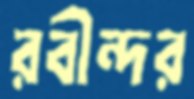
রবীন্দর